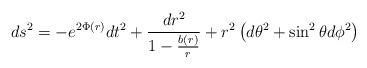
LaTeX: \begin{align*}ds^{2} = -e^{2\Phi (r)} dt^{2} + \frac{dr^{2}}{1 - \frac{b(r)}{r}} +r^{2}\left ( d\theta^{2} + \sin^{2} \theta d\phi^{2}\right )\end{align*}